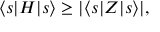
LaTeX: \langle s | H | s \rangle \geq | \langle s | Z | s \rangle | ,